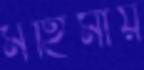
মহিমায়